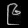
Digit: ၉